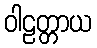
ဝါဠတ္တာယ